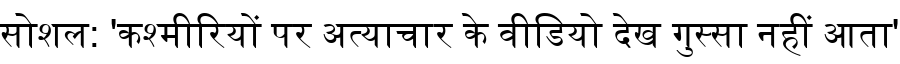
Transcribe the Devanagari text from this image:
सोशल: 'कश्मीरियों पर अत्याचार के वीडियो देख गुस्सा नहीं आता'